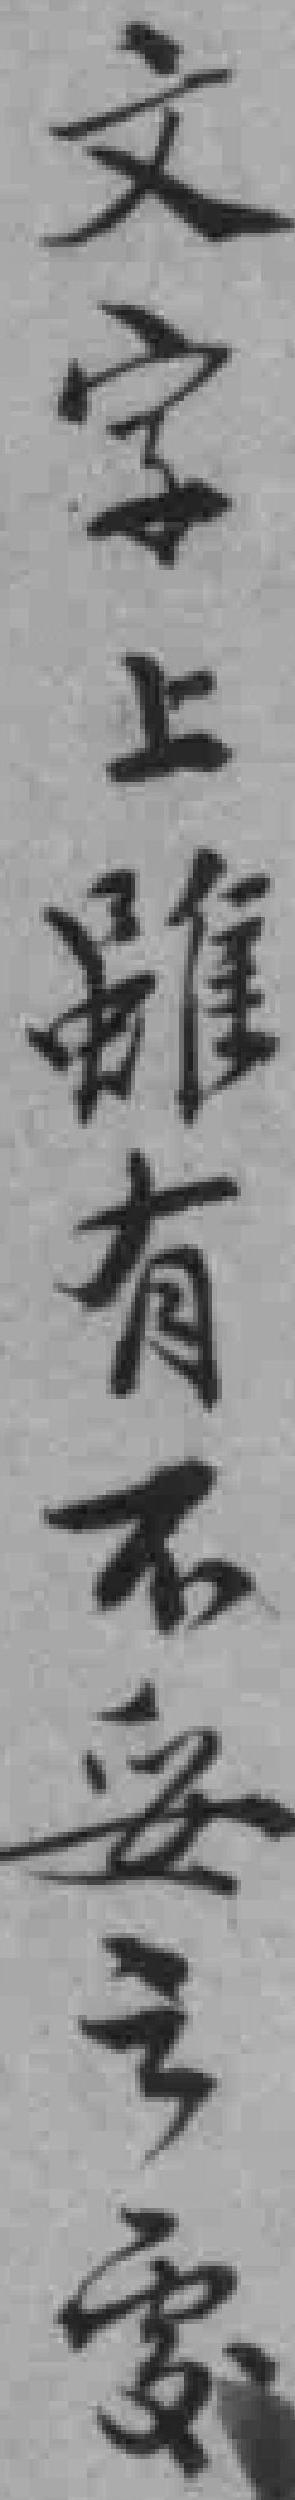
文字上雖有不妥之處